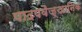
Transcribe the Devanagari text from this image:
पादपवैज्ञानिक